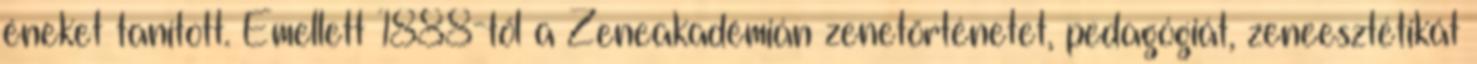
éneket tanított. Emellett 1888-től a Zeneakadémián zenetörténetet, pedagógiát, zeneesztétikát